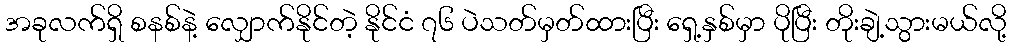
အခုလက်ရှိ စနစ်နဲ့ လျှောက်နိုင်တဲ့ နိုင်ငံ ၇၆ ပဲသတ်မှတ်ထားပြီး ရှေ့နှစ်မှာ ပိုပြီး တိုးချဲ့သွားမယ်လို့